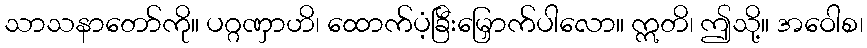
သာသနာတော်ကို။ ပဂ္ဂဏှာဟိ၊ ထောက်ပံ့ခြီးမြှောက်ပါလော။ ဣတိ၊ ဤသို့။ အဝေါစ၊